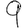
Digit: 9